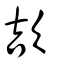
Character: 欯